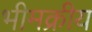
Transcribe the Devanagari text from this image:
भीमक्रीय